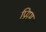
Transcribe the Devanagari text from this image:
प्रियम्‌